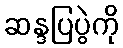
ဆန္ဒပြပွဲကို